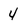
Character: 4